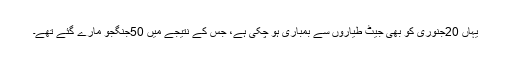
یہاں 20جنوری کو بھی جیٹ طیاروں سے بمباری ہو چکی ہے، جس کے نتیجے میں 50جنگجو مارے گئے تھے۔